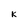
Character: K